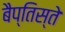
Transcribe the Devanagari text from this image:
बैप्तिस्ते